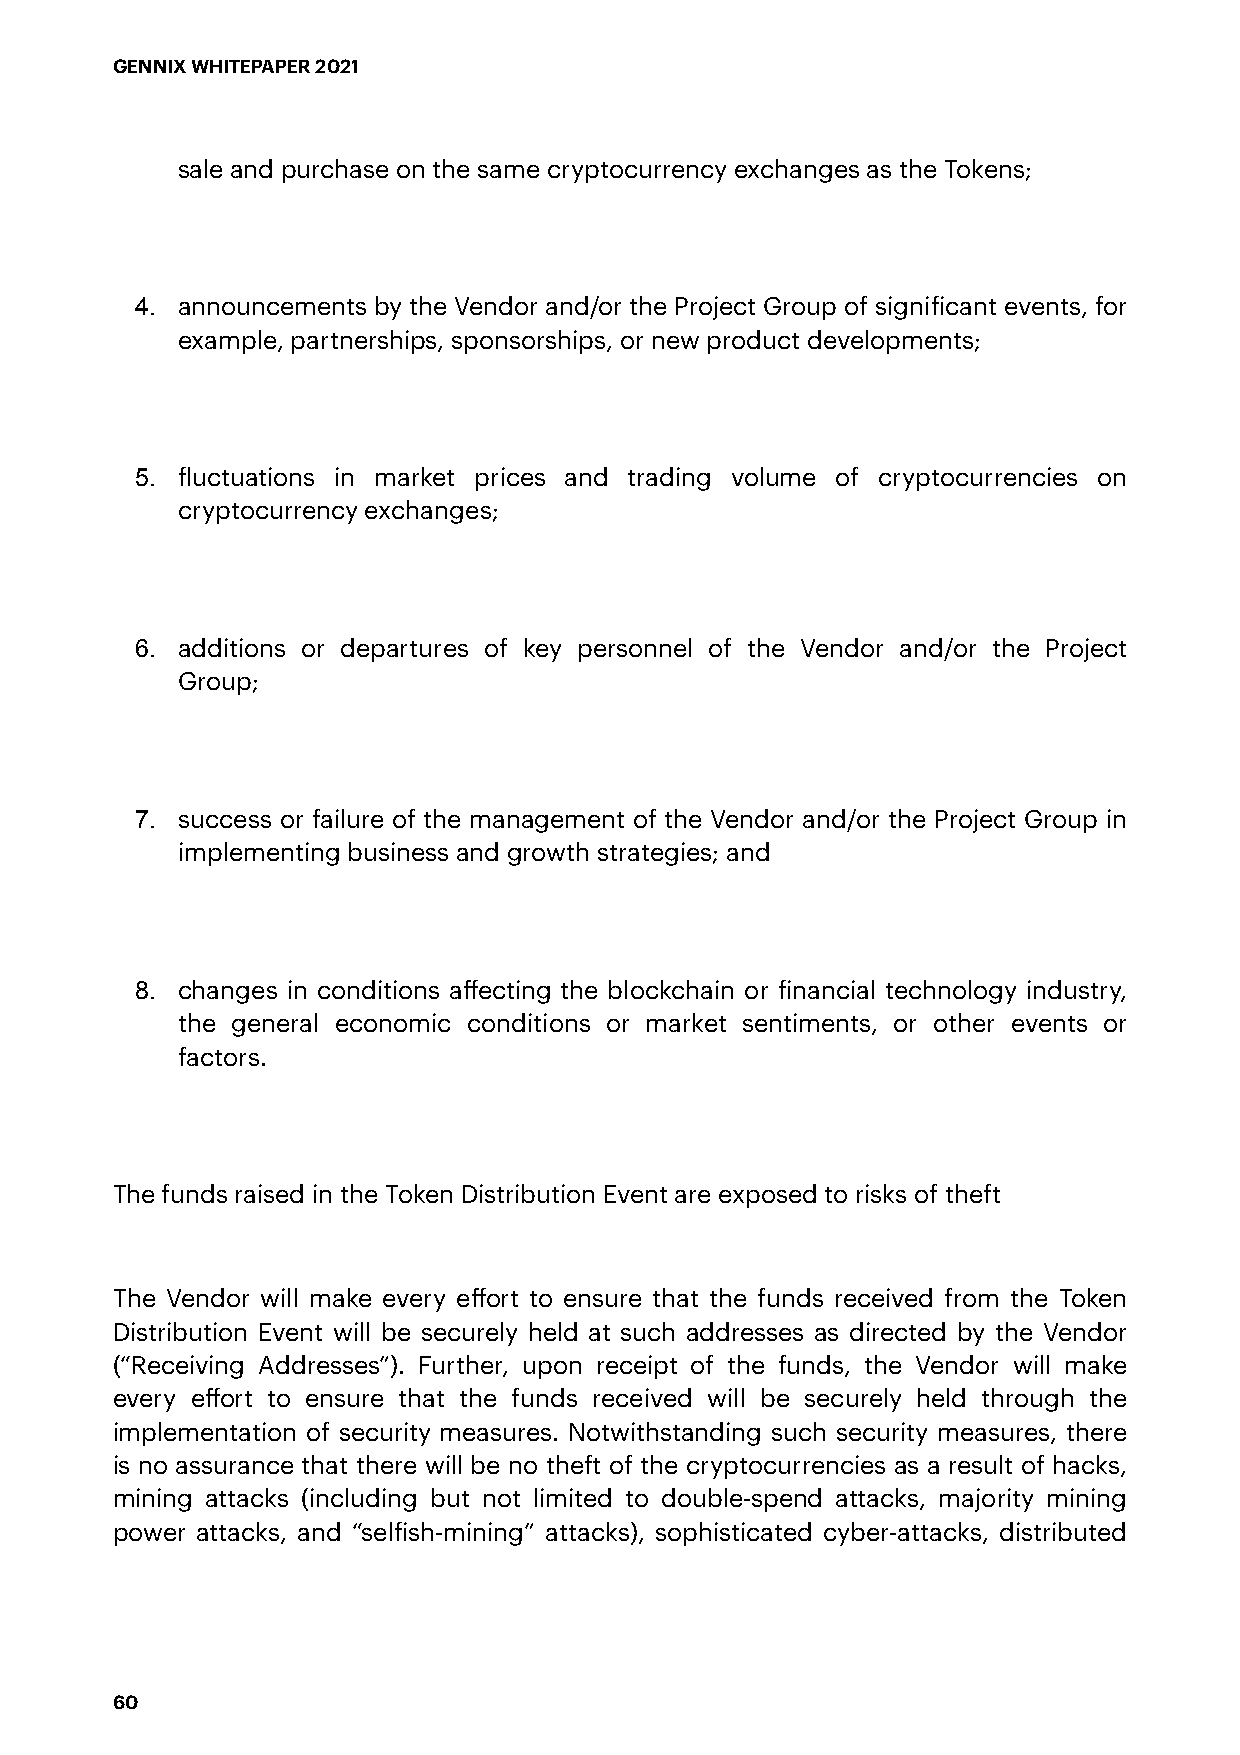
GENNIX WHITEPAPER 2021
 sale and purchase on the same cryptocurrency exchanges as the Tokens;
 4. announcements by the Vendor and/or the Project Group of significant events, for
 example, partnerships, sponsorships, or new product developments;
 5. fluctuations in market prices and trading volume of cryptocurrencies on
 cryptocurrency exchanges;
 6. additions or departures of key personnel of the Vendor and/or the Project
 Group;
 7. success or failure of the management of the Vendor and/or the Project Group in
 implementing business and growth strategies; and
 8. changes in conditions affecting the blockchain or financial technology industry,
 the general economic conditions or market sentiments, or other events or
 factors.
 The funds raised in the Token Distribution Event are exposed to risks of theft
 The Vendor will make every effort to ensure that the funds received from the Token
 Distribution Event will be securely held at such addresses as directed by the Vendor
 (“Receiving Addresses”). Further, upon receipt of the funds, the Vendor will make
 every effort to ensure that the funds received will be securely held through the
 implementation of security measures. Notwithstanding such security measures, there
 is no assurance that there will be no theft of the cryptocurrencies as a result of hacks,
 mining attacks (including but not limited to double-spend attacks, majority mining
 power attacks, and “selfish-mining” attacks), sophisticated cyber-attacks, distributed
 60